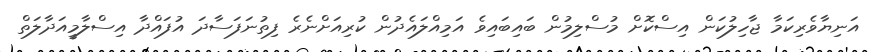
އަނިޔާވެރިކަމާ ޖާހިލުކަން އިސްކޮށް މުސްލިމުން ބައިބައިވެ އަމިއްލައެދުން ކުރިއަށްނެރެ ފިތުނަފަސާދަ އުފައްދާ އިސްލާމީއަދާލަތް